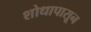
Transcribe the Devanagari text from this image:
शोधापासून